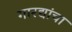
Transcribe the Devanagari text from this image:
गारद्यांचा